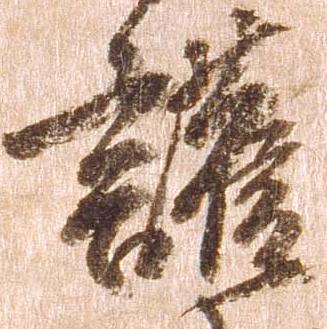
護